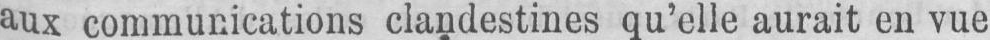
aux communications clandestines qu’elle aurait en vue